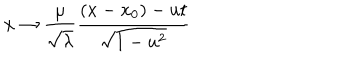
LaTeX: x \rightarrow \frac { \mu } { \sqrt { \lambda } } \frac { ( x - x _ { 0 } ) - u t } { \sqrt { 1 - u ^ { 2 } } }